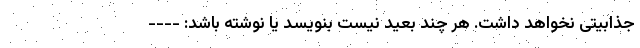
جذابیتی نخواهد داشت. هر چند بعید نیست بنویسد یا نوشته باشد‌: ----